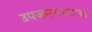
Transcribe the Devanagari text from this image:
उपजनसंख्याओं